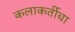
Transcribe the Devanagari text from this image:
कलाकर्तीचा